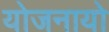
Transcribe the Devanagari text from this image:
योजनायो